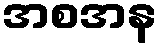
အစအန